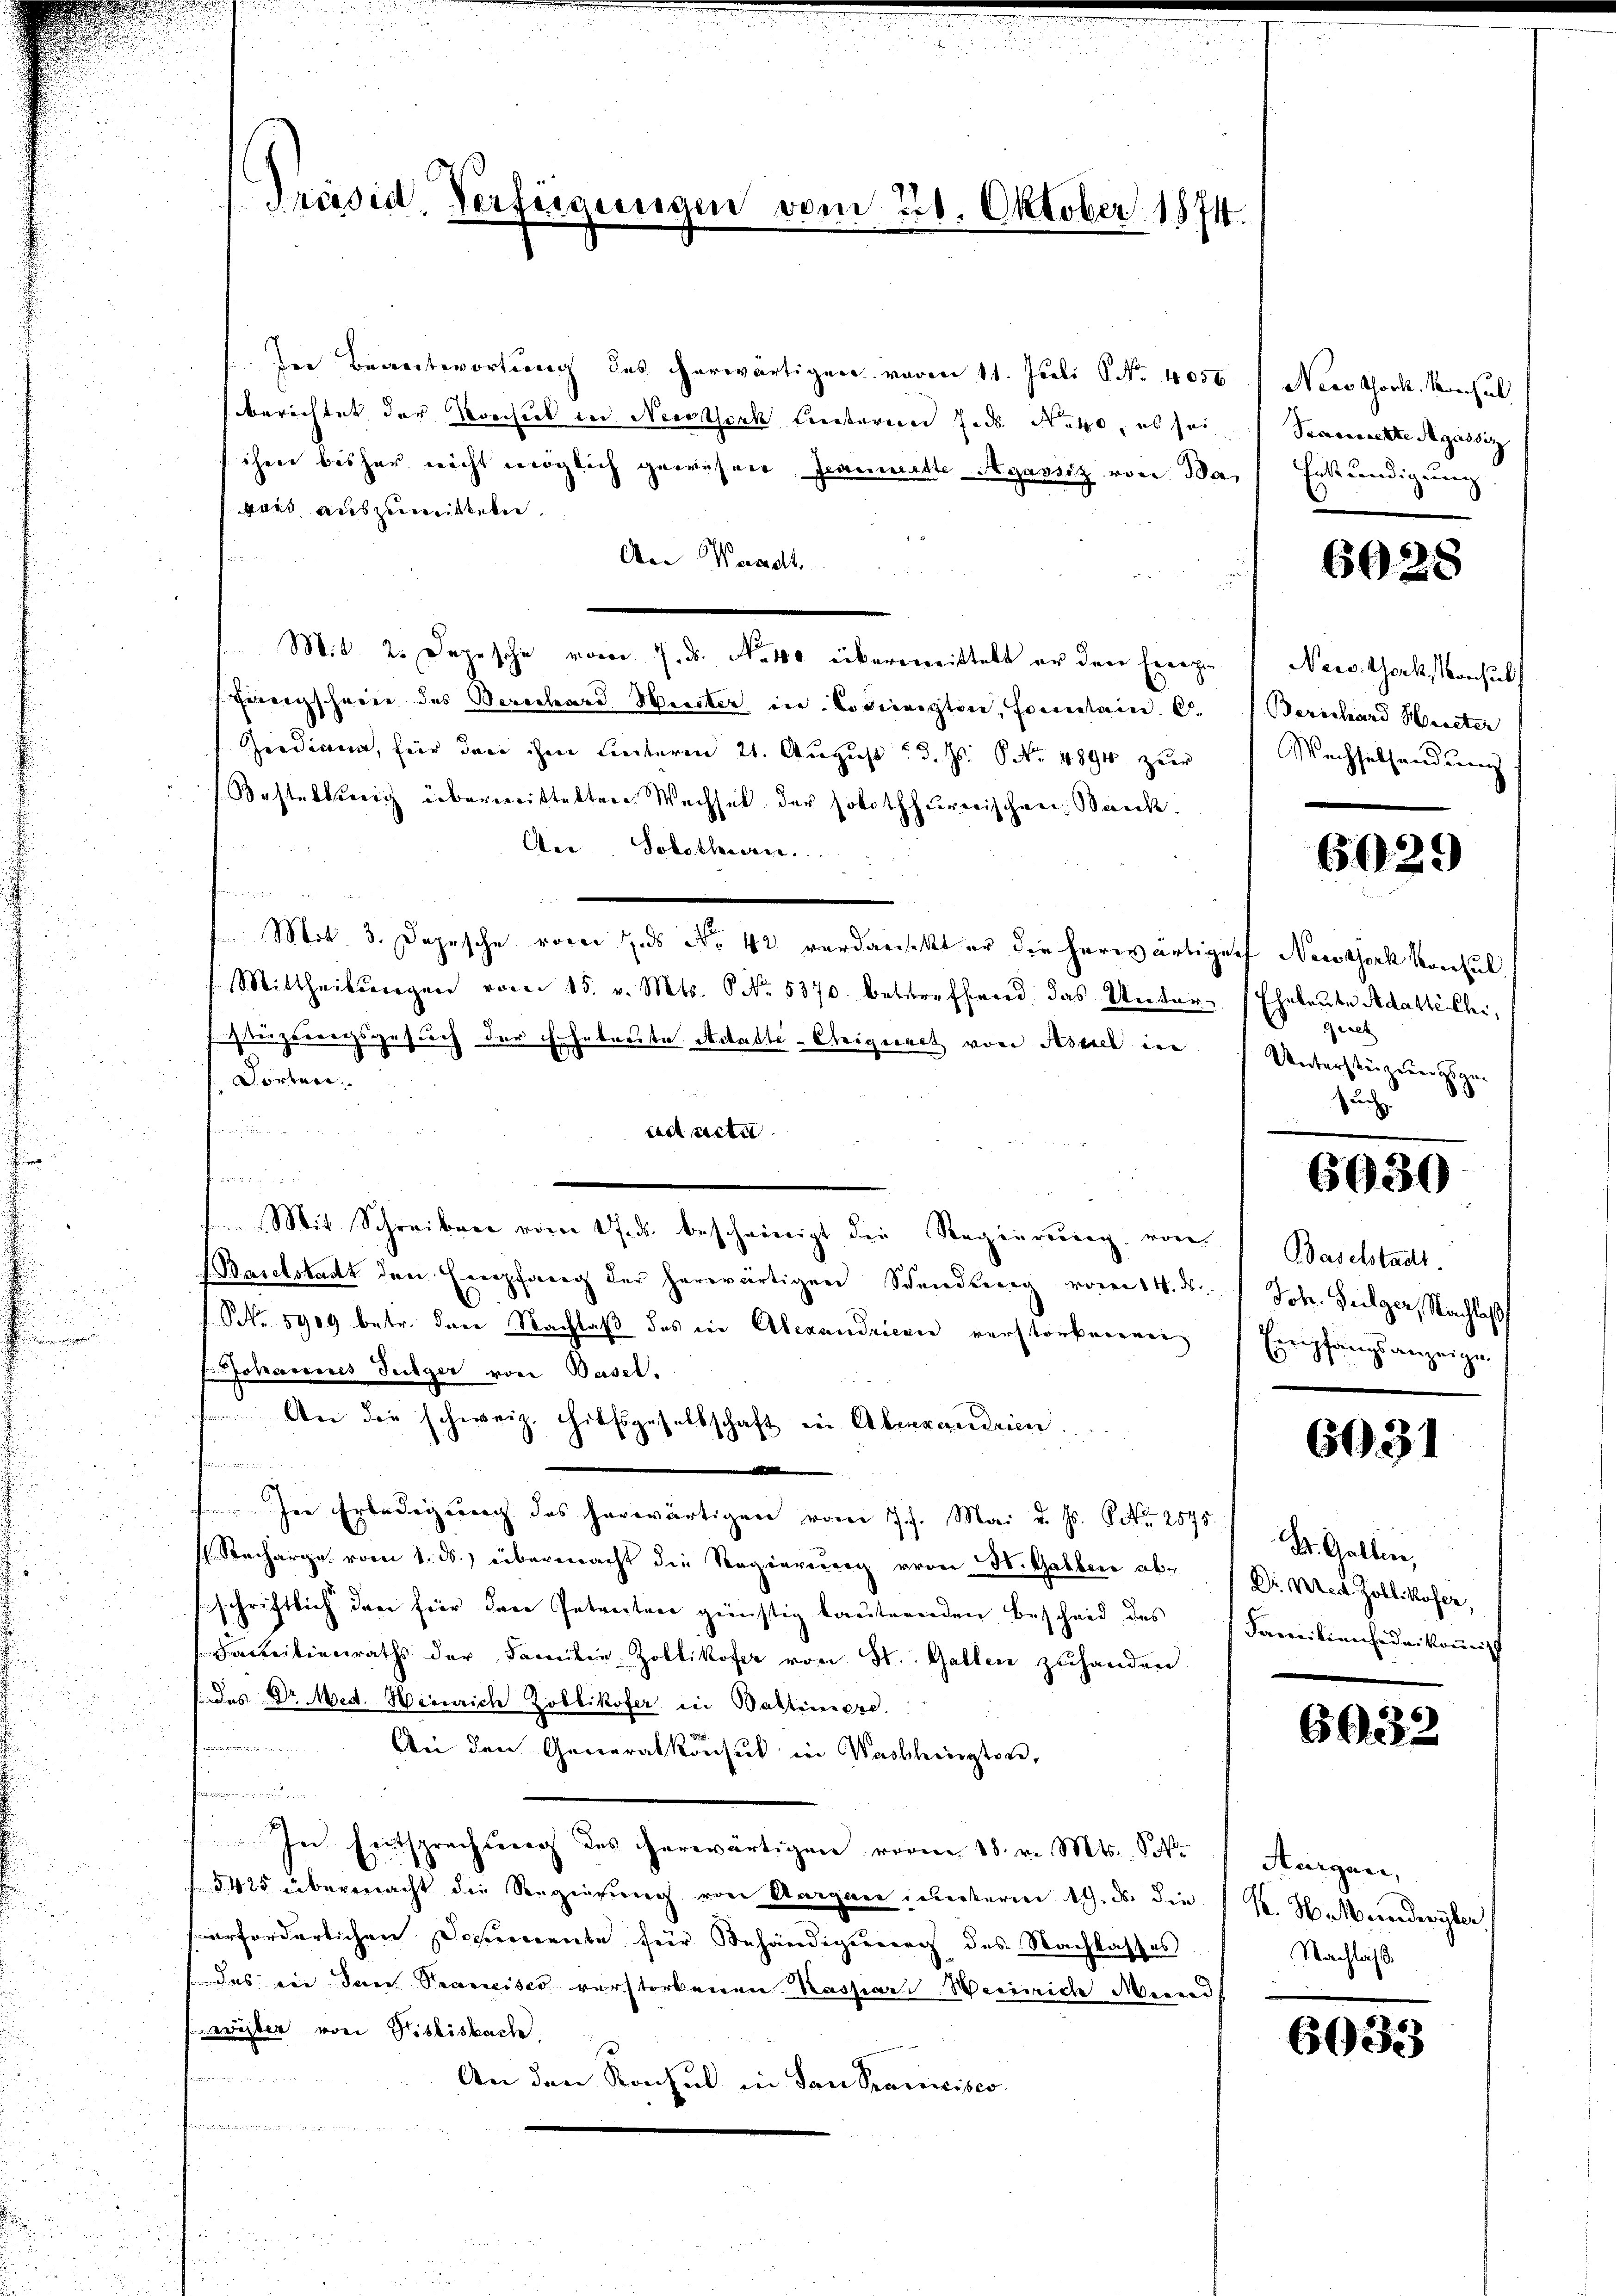
Präsid. Verfügungen

der Beantwortung des herwärtigen voren 11. Juli 6 No. 4056
berichtet der Konsul in Nestock beiteren J.ds. Nato, es sei,
ihm bisher nicht möglich gewesen, Iranmatte Agassiz von da, Erkundigung
gais auszumitteln.
Aer Waadt.
Mit. 2. Depesche vom 7. ds. No 40 übergemittelt er den Ereige
Ereigscheine des Berechard Werker in Codicrigten, Fontain. O.
Zeediana, für den ihm hinteren 21. August d. Js. No. 4894 zuer
Bastaltig übermittelten Wechsel der solothurerischen Bank.
An. Solothurn.
m
Mit. 3. Depesche vorer Jus No 42 verdankt er die herwärtiger Neustock konsul
Mittheilungen vom 15. v. Mts. S. Nr. 5370. betreff wird das Unter- Ehrlaube Adastichi,
festgeseegsgesuch der Hebreite Actable-Crigiret von Aseel in
ortane
e
ad acta.
f ein
i
Mit Schreiben vom 17. ds. bescheinigt die Regierung von Baselstadt-
(Baselstadt den Empfang der herwärtigen Schendung vom 14. 5.  Joh. Heilger, Nachlaß
NNo. 5909 betr. den Nachlaß das der Alexandrienne verstorbnennen
otarieres Tuchger von Wasel.
 Aber die schweiz. Hilfsgesellschaft in Abervandrien.
für
In Erledigung des herwärtigen vom 17. Mai d. Js. Nr. 2570/ St. Gallen,
Recharge vom 1. ds. übermacht die Regierung von St. Gallen abschriftlich den für den Petenten günstig bauternden Bescheid des
Familienraths der Familie-Zollikofer von St. Gallen zuhanden
/. des Dr. Med. Heinrich Zollikofer in Baltimiere.
u
An den Generalkonsul in Washington,
femmenden
In Leitsprechung des herwärtigen vom 18. v. Mts. So
§. 425 übermacht die Seegierung von Aargau unterm 19. ds. die
erforderlichen Documente für Behändigung des Nachlasses
das die den Prancises verstorbenen Kaspar Weinriche Mind
wister von Kislisbach.
An den Konsul in San Prancisco
.

vom 228. Oktober 1874.

Newo thoch. Konsul
Scannnerte Agassiz

6028

s

News. Gork, Konsul
Berschard Heiter
Wachselsendung

6029

Geset
Unterstüzen gegen
Zuch

6030

Empfangsanzeigen

6031

Dr. Mer Zollikofer,
Familienfideikommis

6933.

Aargau,
K. H. Mundwyler
Nachlaß

6933